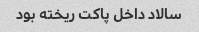
سالاد داخل پاکت ریخته بود